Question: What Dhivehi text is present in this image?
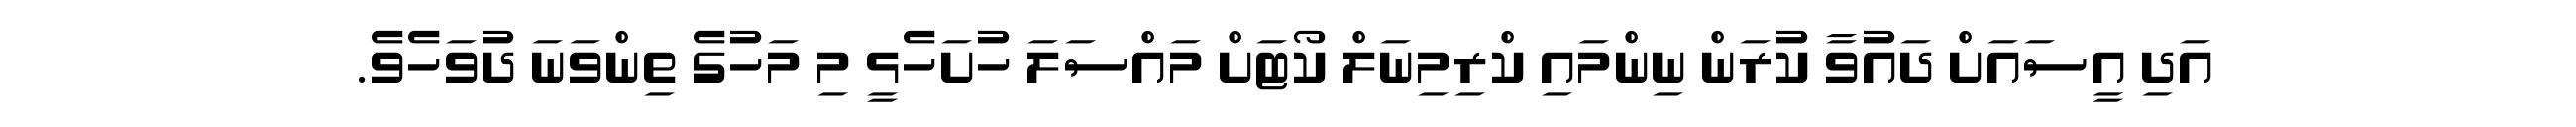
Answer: އަދި އީސައަށް ދައުވާ ކުރަން ނިންމައި ކްރިމިނަލް ކޯޓަށް މައްސަލަ ހުށަހެޅީ މި މަހުގެ ތިންވަނަ ދުވަހެވެ.